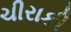
ચીરાકી